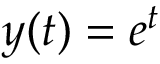
y ( t ) = e ^ { t }